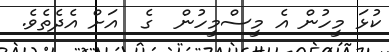
ކުޅަ މީހުން އެ މީސްމީހުން  ގެ  އަށް އެދެތެވެ.